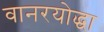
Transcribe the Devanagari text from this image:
वानरयोद्धा